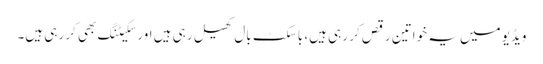
ویڈیو میں یہ خواتین رقص کر رہی ہیں، باسکٹ بال کھیل رہی ہیں اور سکیٹنگ بھی کر رہی ہیں۔